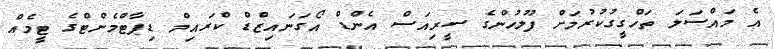
އެ މައްސަލަ ތަހްގީގުކުރުމަށް ފުލުހުންގެ ސީރިއަސް އެންޑް އޯގަނައިޒްޑް ކްރައިމް ޑިޕާޓްމެންޓްގެ ޓީމެއް